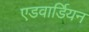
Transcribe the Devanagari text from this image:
एडवार्डियन